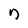
Character: n